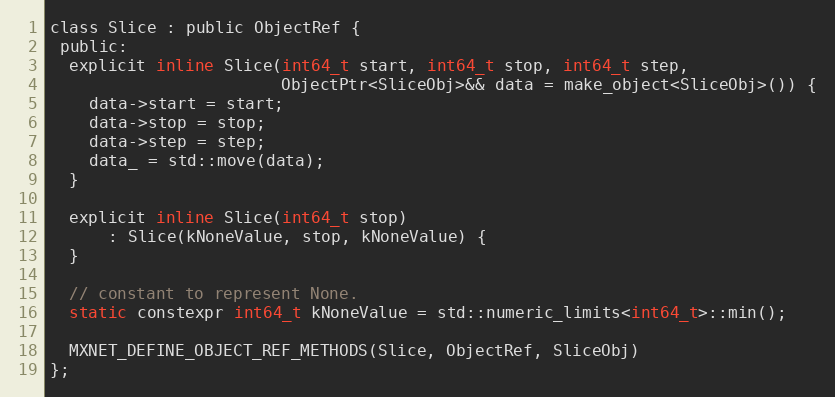
Language: C
class Slice : public ObjectRef {
 public:
  explicit inline Slice(int64_t start, int64_t stop, int64_t step,
                        ObjectPtr<SliceObj>&& data = make_object<SliceObj>()) {
    data->start = start;
    data->stop = stop;
    data->step = step;
    data_ = std::move(data);
  }

  explicit inline Slice(int64_t stop)
      : Slice(kNoneValue, stop, kNoneValue) {
  }

  // constant to represent None.
  static constexpr int64_t kNoneValue = std::numeric_limits<int64_t>::min();

  MXNET_DEFINE_OBJECT_REF_METHODS(Slice, ObjectRef, SliceObj)
};